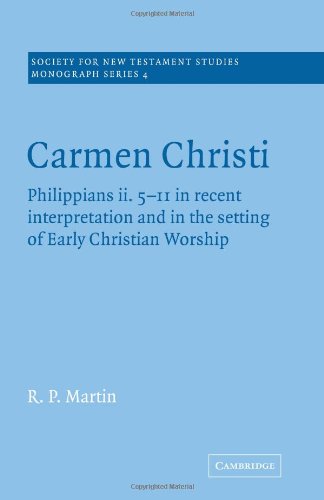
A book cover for Carmen Christi (Society for New Testament Studies Monograph Series); Ralph P. Martin; Christian Books & Bibles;